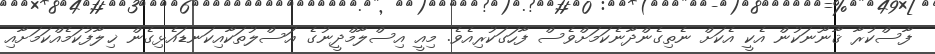
ފާސްކުރާ ޤާނޫނަކުން އެކީ އެކަށް ނެތިގެންދާނެކަމަށްވެސް ފާހަގަކުރިއެވެ. މިއީ އިސްލާމްދީނުގެ އަސްލުތަކާއިކަނޑައެޅިގެން ޚިލާފުކަމެއްކަމަށާއި